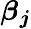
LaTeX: \boldsymbol{\beta}_{\boldsymbol{j}}